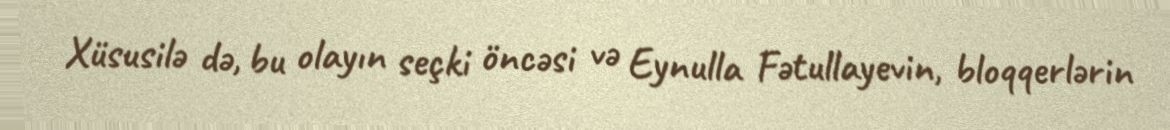
Xüsusilə də, bu olayın seçki öncəsi və Eynulla Fətullayevin, bloqqerlərin